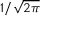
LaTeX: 1 / { \sqrt { 2 \pi } }